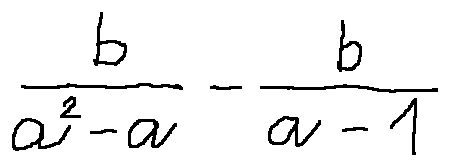
\frac { b } { a ^ { 2 } - a } - \frac { b } { a - 1 }